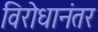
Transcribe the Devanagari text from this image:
विरोधानंतर